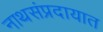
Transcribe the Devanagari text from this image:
नाथसंप्रदायात